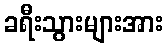
ခရီးသွားများအား